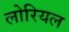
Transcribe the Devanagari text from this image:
लोरियल